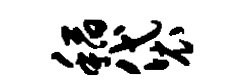
稻袋